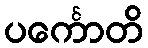
ပင်္ကောတိ